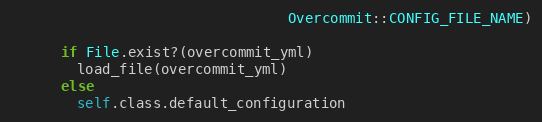
Language: Ruby
                                 Overcommit::CONFIG_FILE_NAME)

      if File.exist?(overcommit_yml)
        load_file(overcommit_yml)
      else
        self.class.default_configuration